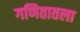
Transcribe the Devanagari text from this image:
गणितातला